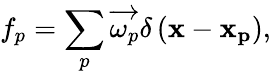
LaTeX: f_{p}=\sum_{p}\overrightarrow{\omega_{p}}\delta\left(\mathbf{x}-\mathbf{x_{p}}\right),